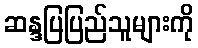
ဆန္ဒပြပြည်သူများကို